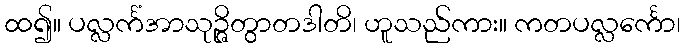
ထ၍။ ပလ္လင်္ကံအာသုဉ္ဇိတွာတဒါတိ၊ ဟူသည်ကား။ ကတပလ္လင်္ကော၊